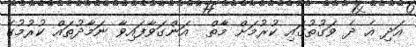
އަދި އެ ދެ ވަގުތުގައި ކުރުމަށް މާތް  އަންގަވާފައިވާ ނަމާދުތައް ކުރުމުގެ